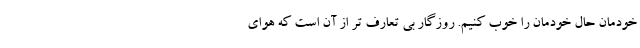
خودمان حال خودمان را خوب کنیم. روزگار بی تعارف تر از آن است که هوای